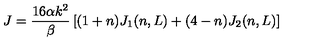
J = \frac { 1 6 \alpha k ^ { 2 } } { \beta } \left[ ( 1 + n ) J _ { 1 } ( n , L ) + ( 4 - n ) J _ { 2 } ( n , L ) \right]